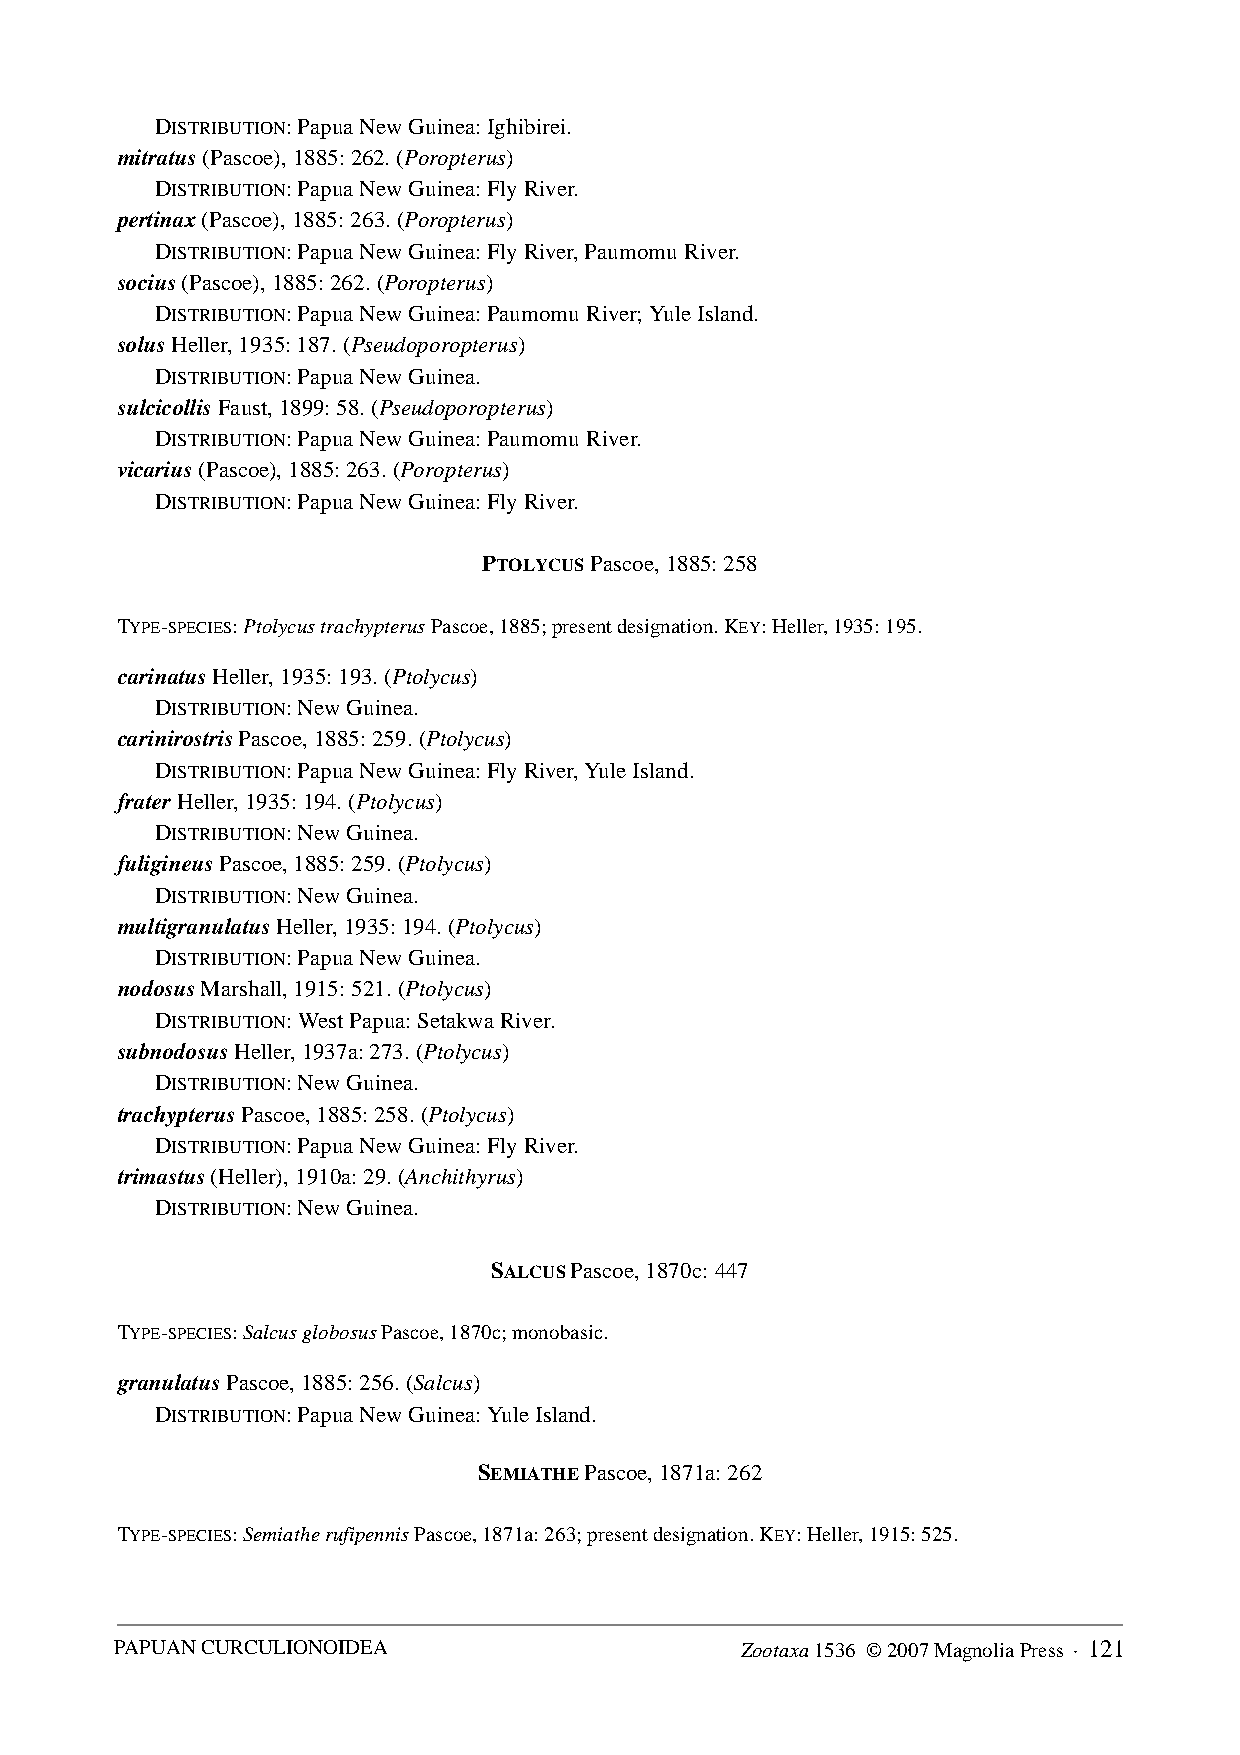
DISTRIBUTION: Papua New Guinea: Ighibirei.
 mitratus (Pascoe), 1885: 262. (Poropterus)
 DISTRIBUTION: Papua New Guinea: Fly River.
 pertinax (Pascoe), 1885: 263. (Poropterus)
 DISTRIBUTION: Papua New Guinea: Fly River, Paumomu River.
 socius (Pascoe), 1885: 262. (Poropterus)
 DISTRIBUTION: Papua New Guinea: Paumomu River; Yule Island.
 solus Heller, 1935: 187. (Pseudoporopterus)
 DISTRIBUTION: Papua New Guinea.
 sulcicollis Faust, 1899: 58. (Pseudoporopterus)
 DISTRIBUTION: Papua New Guinea: Paumomu River.
 vicarius (Pascoe), 1885: 263. (Poropterus)
 DISTRIBUTION: Papua New Guinea: Fly River.
 PTOLYCUS Pascoe, 1885: 258
 TYPE-SPECIES: Ptolycus trachypterus Pascoe, 1885; present designation. KEY: Heller, 1935: 195.
 carinatus Heller, 1935: 193. (Ptolycus)
 DISTRIBUTION: New Guinea.
 carinirostris Pascoe, 1885: 259. (Ptolycus)
 DISTRIBUTION: Papua New Guinea: Fly River, Yule Island.
 frater Heller, 1935: 194. (Ptolycus)
 DISTRIBUTION: New Guinea.
 fuligineus Pascoe, 1885: 259. (Ptolycus)
 DISTRIBUTION: New Guinea.
 multigranulatus Heller, 1935: 194. (Ptolycus)
 DISTRIBUTION: Papua New Guinea.
 nodosus Marshall, 1915: 521. (Ptolycus)
 DISTRIBUTION: West Papua: Setakwa River.
 subnodosus Heller, 1937a: 273. (Ptolycus)
 DISTRIBUTION: New Guinea.
 trachypterus Pascoe, 1885: 258. (Ptolycus)
 DISTRIBUTION: Papua New Guinea: Fly River.
 trimastus (Heller), 1910a: 29. (Anchithyrus)
 DISTRIBUTION: New Guinea.
 SALCUS Pascoe, 1870c: 447
 TYPE-SPECIES: Salcus globosus Pascoe, 1870c; monobasic.
 granulatus Pascoe, 1885: 256. (Salcus)
 DISTRIBUTION: Papua New Guinea: Yule Island.
 SEMIATHE Pascoe, 1871a: 262
 TYPE-SPECIES: Semiathe rufipennis Pascoe, 1871a: 263; present designation. KEY: Heller, 1915: 525.
 PAPUAN CURCULIONOIDEA                    Zootaxa 1536 © 2007 Magnolia Press · 121